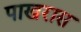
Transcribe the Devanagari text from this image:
पाखरास